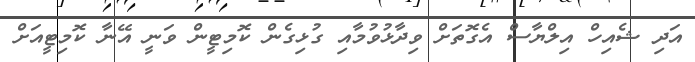
އަދި ޝެއިހް އިލްޔާސް އެގޮތަށް ވިދާޅުވުމާއި ގުޅިގެން ކޮމިޓީން ވަނީ އޭނާ ކޮމިޓީއަށް